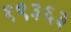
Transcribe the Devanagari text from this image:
१९३६३